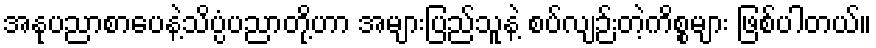
အနုပညာစာပေနဲ့သိပ္ပံပညာတို့ဟာ အများပြည်သူနဲ့ စပ်လျဉ်းတဲ့ကိစ္စများ ဖြစ်ပါတယ်။